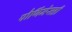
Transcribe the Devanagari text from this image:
पौर्णिमेसही